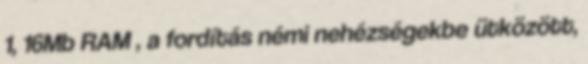
1, 16Mb RAM , a fordítás némi nehézségekbe ütközött,